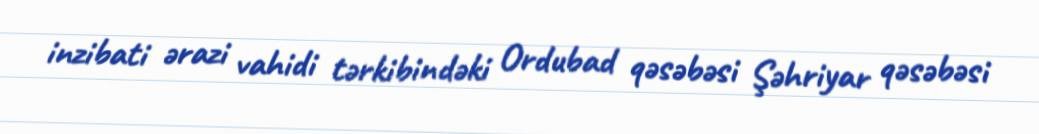
inzibati ərazi vahidi tərkibindəki Ordubad qəsəbəsi Şəhriyar qəsəbəsi